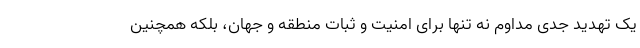
یک تهدید جدی مداوم نه تنها برای امنیت و ثبات منطقه و جهان، بلکه همچنین